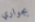
بجواري